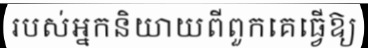
របស់អ្នកនិយាយពីពួកគេធ្វើឱ្យ